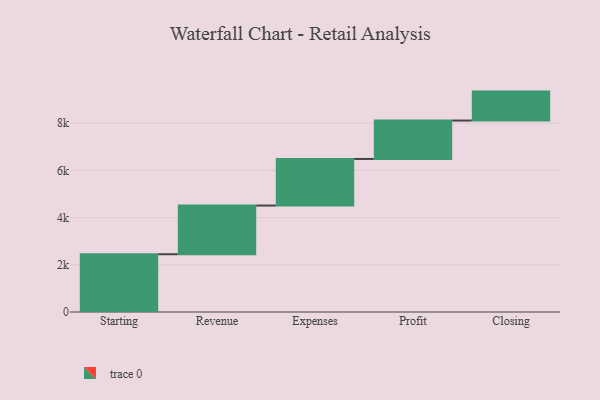
{"axis": {"x": "Step", "y": "Value"}, "legend": [""], "data": [{"x": "Starting", "y": 2449.0, "type": ""}, {"x": "Revenue", "y": 2063.0, "type": ""}, {"x": "Expenses", "y": 1974.0, "type": ""}, {"x": "Profit", "y": 1628.0, "type": ""}, {"x": "Closing", "y": 1227.0, "type": ""}]}